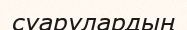
суарулардың